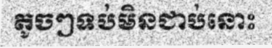
តូចៗទប់មិនជាប់នោះ